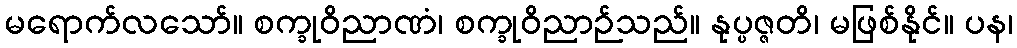
မရောက်လသော်။ စက္ခုဝိညာဏံ၊ စက္ခုဝိညာဉ်သည်။ နုပ္ပဇ္ဇတိ၊ မဖြစ်နိုင်။ ပန၊